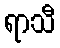
ရာသီ